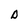
Character: D